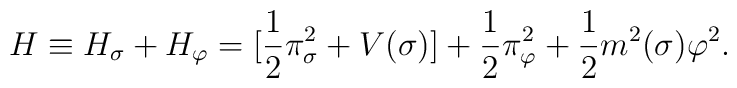
H \equiv H_\sigma + H_\varphi = [ \frac{1}{2} \pi^2_\sigma + V(\sigma)] +\frac{1}{2} \pi^2_\varphi + \frac{1}{2} m^2(\sigma)\varphi^2 .